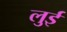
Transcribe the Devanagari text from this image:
लुुई